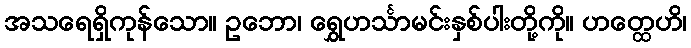
အသရေရှိကုန်သော။ ဥဘော၊ ရွှေဟင်္သာမင်းနှစ်ပါးတို့ကို။ ဟတ္ထေဟိ၊